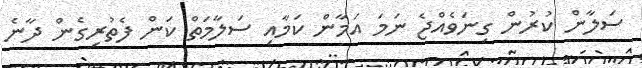
ސަލާން ކުރުން ގިނަވެއްޖެ ނަމަ އަމާން ކަމާއި ސަލާމަތް ކަން ފެތުރިގެން ދާނެ